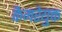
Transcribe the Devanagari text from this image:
कैमरेयुक्त